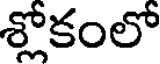
శ్లోకంలో